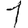
Digit: 1